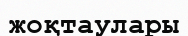
жоқтаулары